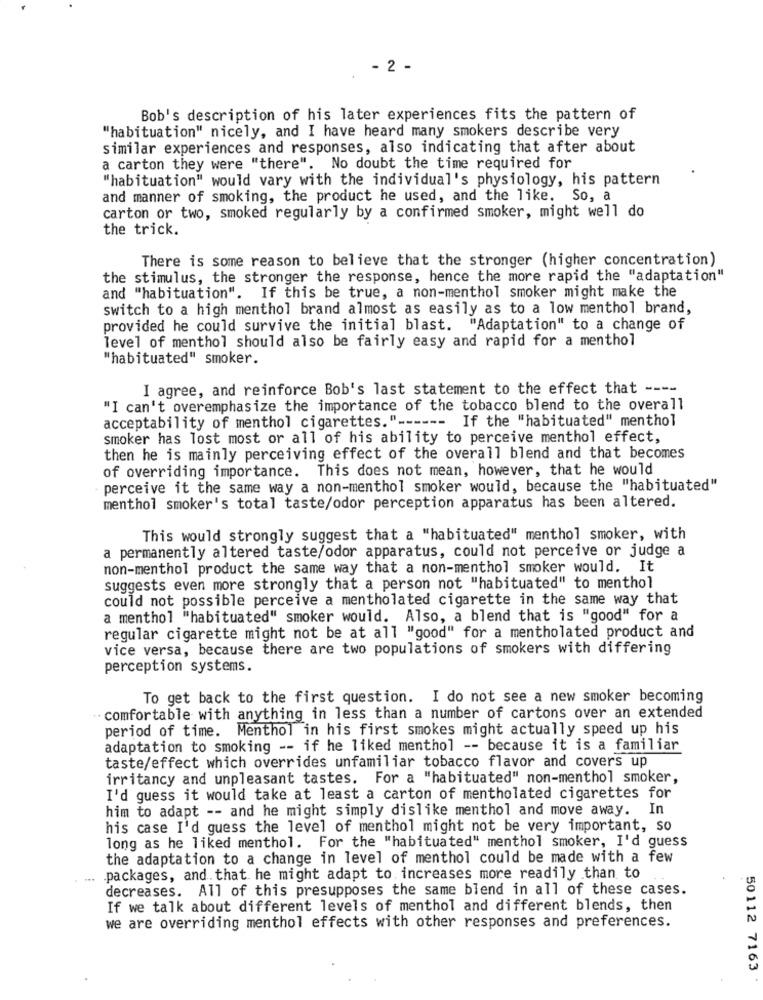
- 2 -
Bob's description of his later experiences fits the pattern of
"habituation" nicely, and I have heard many smokers describe very
similar experiences and responses, also indicating that after about
a carton they were "there". No doubt the time required for
"habituation" would vary with the individual's physiology, his pattern
and manner of smoking, the product he used, and the like. So, a
carton or two, smoked regularly by a confirmed smoker, might well do
the trick.
There is some reason to believe that the stronger (higher concentration)
the stimulus, the stronger the response, hence the more rapid the "adaptation"
and "habituation". If this be true, a non-menthol smoker might make the
switch to a high menthol brand almost as easily as to a low menthol brand,
provided he could survive the initial blast. "Adaptation" to a change of
level of menthol should also be fairly easy and rapid for a menthol
"habituated" smoker.
I agree, and reinforce Bob's last statement to the effect that ----
"I can't overemphasize the importance of the tobacco blend to the overall
acceptability of menthol cigarettes." --
-- If the "habituated" menthol
smoker has lost most or all of his ability to perceive menthol effect,
then he is mainly perceiving effect of the overall blend and that becomes
of overriding importance. This does not mean, however, that he would
perceive it the same way a non-menthol smoker would, because the "habituated"
menthol smoker's total taste/odor perception apparatus has been altered.
This would strongly suggest that a "habituated" menthol smoker, with
a permanently altered taste/odor apparatus, could not perceive or judge a
non-menthol product the same way that a non-menthol smoker would. It
suggests even more strongly that a person not "habituated" to menthol
could not possible perceive a mentholated cigarette in the same way that
a menthol "habituated" smoker would. Also, a blend that is "good" for a
regular cigarette might not be at all "good" for a mentholated product and
vice versa, because there are two populations of smokers with differing
perception systems.
To get back to the first question. I do not see a new smoker becoming
comfortable with anything in less than a number of cartons over an extended
period of time. Menthol in his first smokes might actually speed up his
adaptation to smoking -- if he liked menthol -- because it is a familiar
taste/effect which overrides unfamiliar tobacco flavor and covers up
irritancy and unpleasant tastes. For a "habituated" non-menthol smoker,
I'd guess it would take at least a carton of mentholated cigarettes for
him to adapt -- and he might simply dislike menthol and move away. In
his case I'd guess the level of menthol might not be very important, so
long as he liked menthol. For the "habituated" menthol smoker, I'd guess
the adaptation to a change in level of menthol could be made with a few
packages, and that he might adapt to increases more readily than to
decreases. All of this presupposes the same blend in all of these cases.
If we talk about different levels of menthol and different blends, then
we are overriding menthol effects with other responses and preferences.
50112 7163